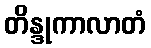
တိန္ဒုကာလာတံ